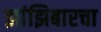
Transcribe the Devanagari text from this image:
झांझिबारचा